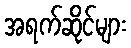
အရက်ဆိုင်များ